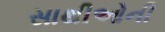
સાથીઓની